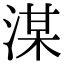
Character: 湈